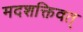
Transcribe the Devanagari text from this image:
मदशक्तिवत्